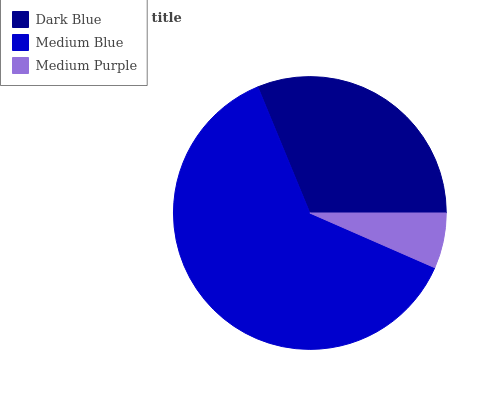
| Dark Blue | Medium Blue | Medium Purple |
 | --- | --- | --- |
 | 31.2% | 62.2% | 6.57% |